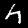
Digit: 4